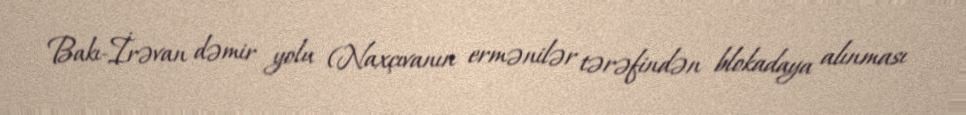
Bakı-İrəvan dəmir yolu (Naxçıvanın ermənilər tərəfindən blokadaya alınması